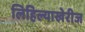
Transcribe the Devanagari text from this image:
लिहिल्याखेरीज